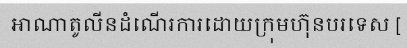
អាណាតូលីនដំណើរការដោយក្រុមហ៊ុនបរទេស [